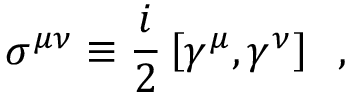
\sigma ^ { \mu \nu } \equiv { \frac { i } { 2 } } \left\lbrack \gamma ^ { \mu } , \gamma ^ { \nu } \right\rbrack \; \; ,